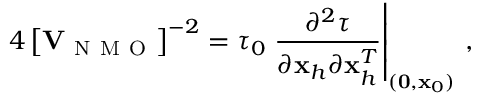
4 \left[ { \bf V } _ { \mathrm { ~ N ~ M ~ O ~ } } \right] ^ { - 2 } = \tau _ { 0 } \left. \frac { \partial ^ { 2 } \tau } { \partial { \bf x } _ { h } \partial { \bf x } _ { h } ^ { T } } \right| _ { ( { \bf 0 } , { \bf x } _ { 0 } ) } \, ,